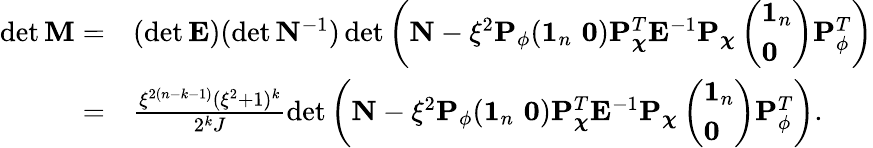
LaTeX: \begin{array}{rl}{\operatorname*{det}{\mathbf M}=}&{(\operatorname*{det}{\mathbf E})(\operatorname*{det}{\mathbf N}^{-1})\operatorname*{det}\left({\mathbf N}-\xi^{2}{\mathbf P}_{\phi}(\textbf{1}_{n}\, \, \textbf{0}){\mathbf P}_{\boldsymbol{\chi}}^{T}{\mathbf E}^{-1}{\mathbf P}_{\boldsymbol{\chi}}\left(\begin{array}{l}{\textbf{1}_{n}}\\ {\textbf{0}}\end{array}\right){\mathbf P}_{\phi}^{T}\right)}\\ {=}&{\frac{\xi^{2(n-k-1)}(\xi^{2}+1)^{k}}{2^{k}J}\operatorname*{det}\left({\mathbf N}-\xi^{2}{\mathbf P}_{\phi}(\textbf{1}_{n}\, \, \textbf{0}){\mathbf P}_{\boldsymbol{\chi}}^{T}{\mathbf E}^{-1}{\mathbf P}_{\boldsymbol{\chi}}\left(\begin{array}{l}{\textbf{1}_{n}}\\ {\textbf{0}}\end{array}\right){\mathbf P}_{\phi}^{T}\right).}\end{array}